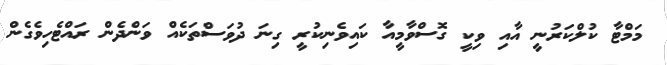
މަމްޓާ ކުލްކަރުނީ އާއި ވިކީ ގޮސްވާމީއާ ކައިވެނިކުރީ ގިނަ ދުވަސްތަކެއް ވަންދެން ރައްޓެހިވެގެން